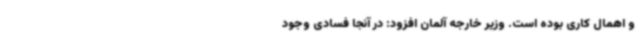
و اهمال کاری بوده است. وزیر خارجه آلمان افزود: در آنجا فسادی وجود